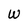
Character: W